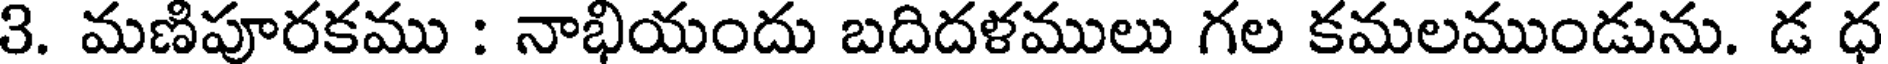
3. మణిపూరకము : నాభియందు బదిదళములు గల కమలముండును. డ ధ